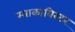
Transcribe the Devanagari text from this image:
म्याकाविरटर